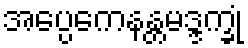
အပ္ပေကေနန္တမဒ္ဒက္ခုံ